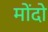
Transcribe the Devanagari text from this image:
मोंदो